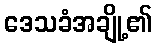
ဒေသခံအချို့၏